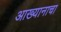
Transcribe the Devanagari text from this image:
आख्यानाचा